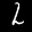
Label: 2